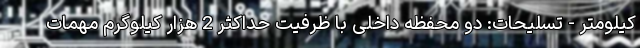
کیلومتر - تسلیحات: دو محفظه داخلی با ظرفیت حداکثر 2 هزار کیلوگرم مهمات